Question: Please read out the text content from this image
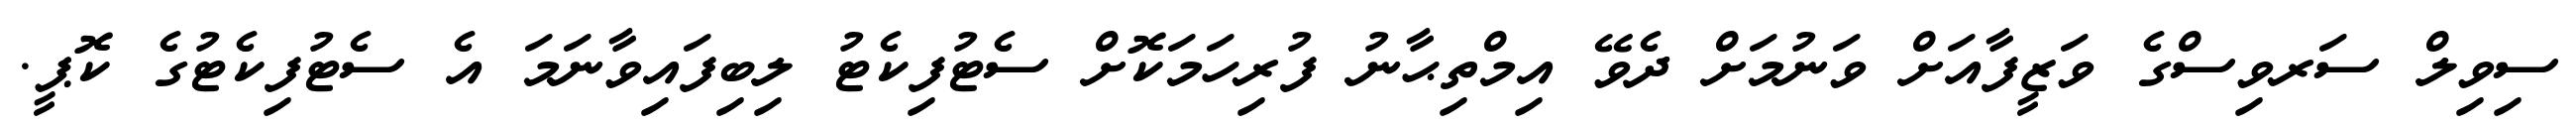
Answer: ސިވިލް ސަރވިސްގެ ވަޒީފާއަށް ވަނުމަށް ދެވޭ އިމްތިޙާނު ފުރިހަމަކޮށް ސެޓުފިކެޓު ލިބިފައިވާނަމަ އެ ސެޓުފިކެޓުގެ ކޮޕީ.